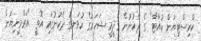
ކްރިސްޓިޔަން ކުއާޓާ" ގެ ދެކުނުން ގަދީމީ ޝަހަރުގެ ހުޅަނގު ދެކުނުގައި އޮތީ "އަރްމީނިޔަން